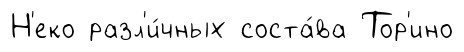
Н'еко разл'и́чных соста́ва Тор'ино